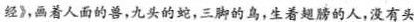
经》，画着人面的兽，九头的蛇，三脚的鸟，生着翅膀的人，没有头